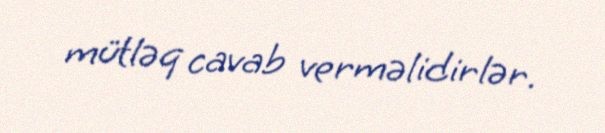
mütləq cavab verməlidirlər.